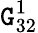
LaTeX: \mathtt{G}_{32}^{1}